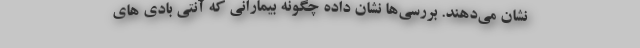
نشان می‌دهند. بررسی‌ها نشان داده چگونه بیمارانی که آنتی بادی های